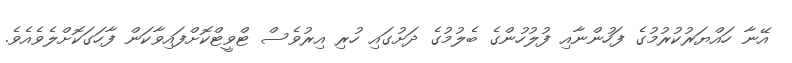
އޭނާ ހައްޔަރުކުރުމުގެ ފަހުންނާއި ފުލުހުންގެ ބެލުމުގެ ދަށުގައި ހުރި އިރުވެސް ޓްވީޓްކޮށްފައިވާކަން ފާހަގަކޮށްލެވެއެވެ.